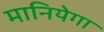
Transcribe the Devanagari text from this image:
मानियेगा